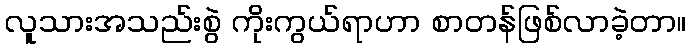
လူသားအသည်းစွဲ ကိုးကွယ်ရာဟာ စာတန်ဖြစ်လာခဲ့တာ။